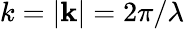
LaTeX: k=|{\mathbf{k}}|=2\pi/\lambda